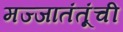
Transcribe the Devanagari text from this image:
मज्जातंतूंची